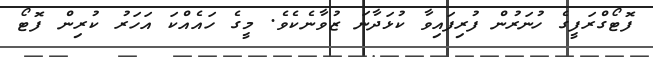
ފޮޓޯގްރަފީގެ ހުނަރުން ފުރިފައިވާ ކުޅަދާނަ ޒުވާނެކެވެ. މީގެ ހައެއްކަ އަހަރު ކުރިން ފޮޓޯ